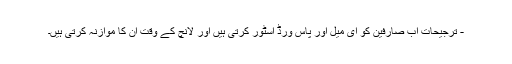
- ترجیحات اب صارفین کو ای میل اور پاس ورڈ اسٹور کرتی ہیں اور لانچ کے وقت ان کا موازنہ کرتی ہیں۔